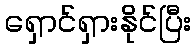
ရှောင်ရှားနိုင်ပြီး